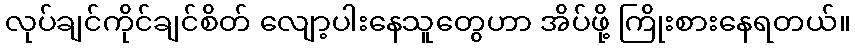
လုပ်ချင်ကိုင်ချင်စိတ် လျော့ပါးနေသူတွေဟာ အိပ်ဖို့ ကြိုးစားနေရတယ်။